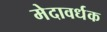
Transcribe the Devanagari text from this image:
मेदावर्धक